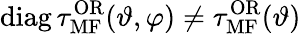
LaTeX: \mathrm{diag}\, \tau_{\mathrm{MF}}^{\mathrm{OR}}(\vartheta,\varphi)\neq\tau_{\mathrm{MF}}^{\mathrm{OR}}(\vartheta)